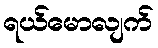
ရယ်မောလျက်